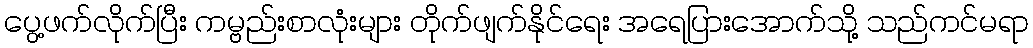
ပွေ့ဖက်လိုက်ပြီး ကမ္ဗည်းစာလုံးများ တိုက်ဖျက်နိုင်ရေး အရေပြားအောက်သို့ သည်ကင်မရာ